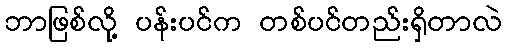
ဘာဖြစ်လို့ ပန်းပင်က တစ်ပင်တည်းရှိတာလဲ